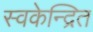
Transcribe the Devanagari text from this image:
स्वकेन्द्रित